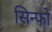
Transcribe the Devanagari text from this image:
सिन्फों